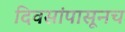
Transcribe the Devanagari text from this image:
दिवसांपासूनच